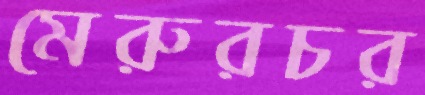
মেরুরচর